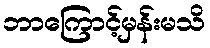
ဘာကြောင့်မှန်းမသိ